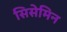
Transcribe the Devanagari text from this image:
सिसेमिन